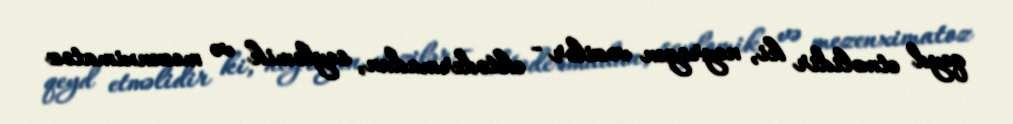
qeyd etməlidir ki, neyrogen vəzilər - ektodermadan, seylomik və mezenximatoz